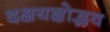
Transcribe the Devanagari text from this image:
दक्षयज्ञोद्भव